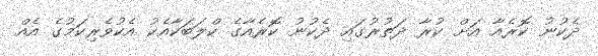
ދެކުނު ކޮރެއާ އަށް ކުރާ ދަތުރުގައި ދެކުނު ކޮރެއާގެ ކްލަބަކާއެކު އެކުވެރިކަމުގެ އެއް